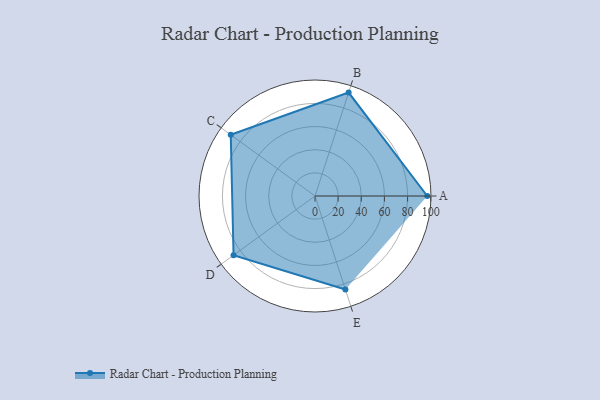
{"axis": {"x": "Skill", "y": "Score"}, "legend": ["Profile"], "data": [{"x": "A", "y": 97.0, "type": "Profile"}, {"x": "B", "y": 94.0, "type": "Profile"}, {"x": "C", "y": 90.0, "type": "Profile"}, {"x": "D", "y": 87.0, "type": "Profile"}, {"x": "E", "y": 85.0, "type": "Profile"}]}